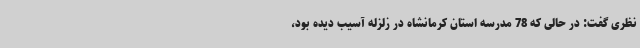
نظری گفت: در حالی که 78 مدرسه استان کرمانشاه در زلزله آسیب دیده بود،